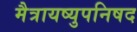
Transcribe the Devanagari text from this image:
मैत्रायष्युपनिषद